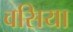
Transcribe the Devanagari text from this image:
वसिया